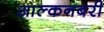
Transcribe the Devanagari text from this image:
आल्कनबरी